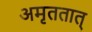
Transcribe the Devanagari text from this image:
अमृततात्